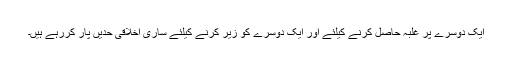
ایک دوسرے پر غلبہ حاصل کرنے کیلئے اور ایک دوسرے کو زیر کرنے کیلئے ساری اخلاقی حدیں پار کررہے ہیں۔